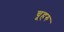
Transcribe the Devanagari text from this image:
चूहरु